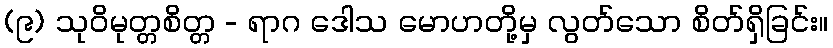
(၉) သုဝိမုတ္တစိတ္တ - ရာဂ ဒေါသ မောဟတို့မှ လွတ်သော စိတ်ရှိခြင်း။